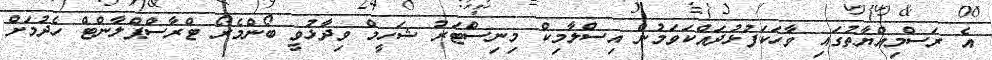
އެ ރަސްމިއްޔާތުގައި ވާހަކަފުޅުދައްކަވަމުން އިސްލާމިކް މިނިސްޓަރު ޝަހީމް ވިދާޅުވީ ބޯންމެރޯ ޓްރާސްޕްލާންޓް ހެދުމަށް